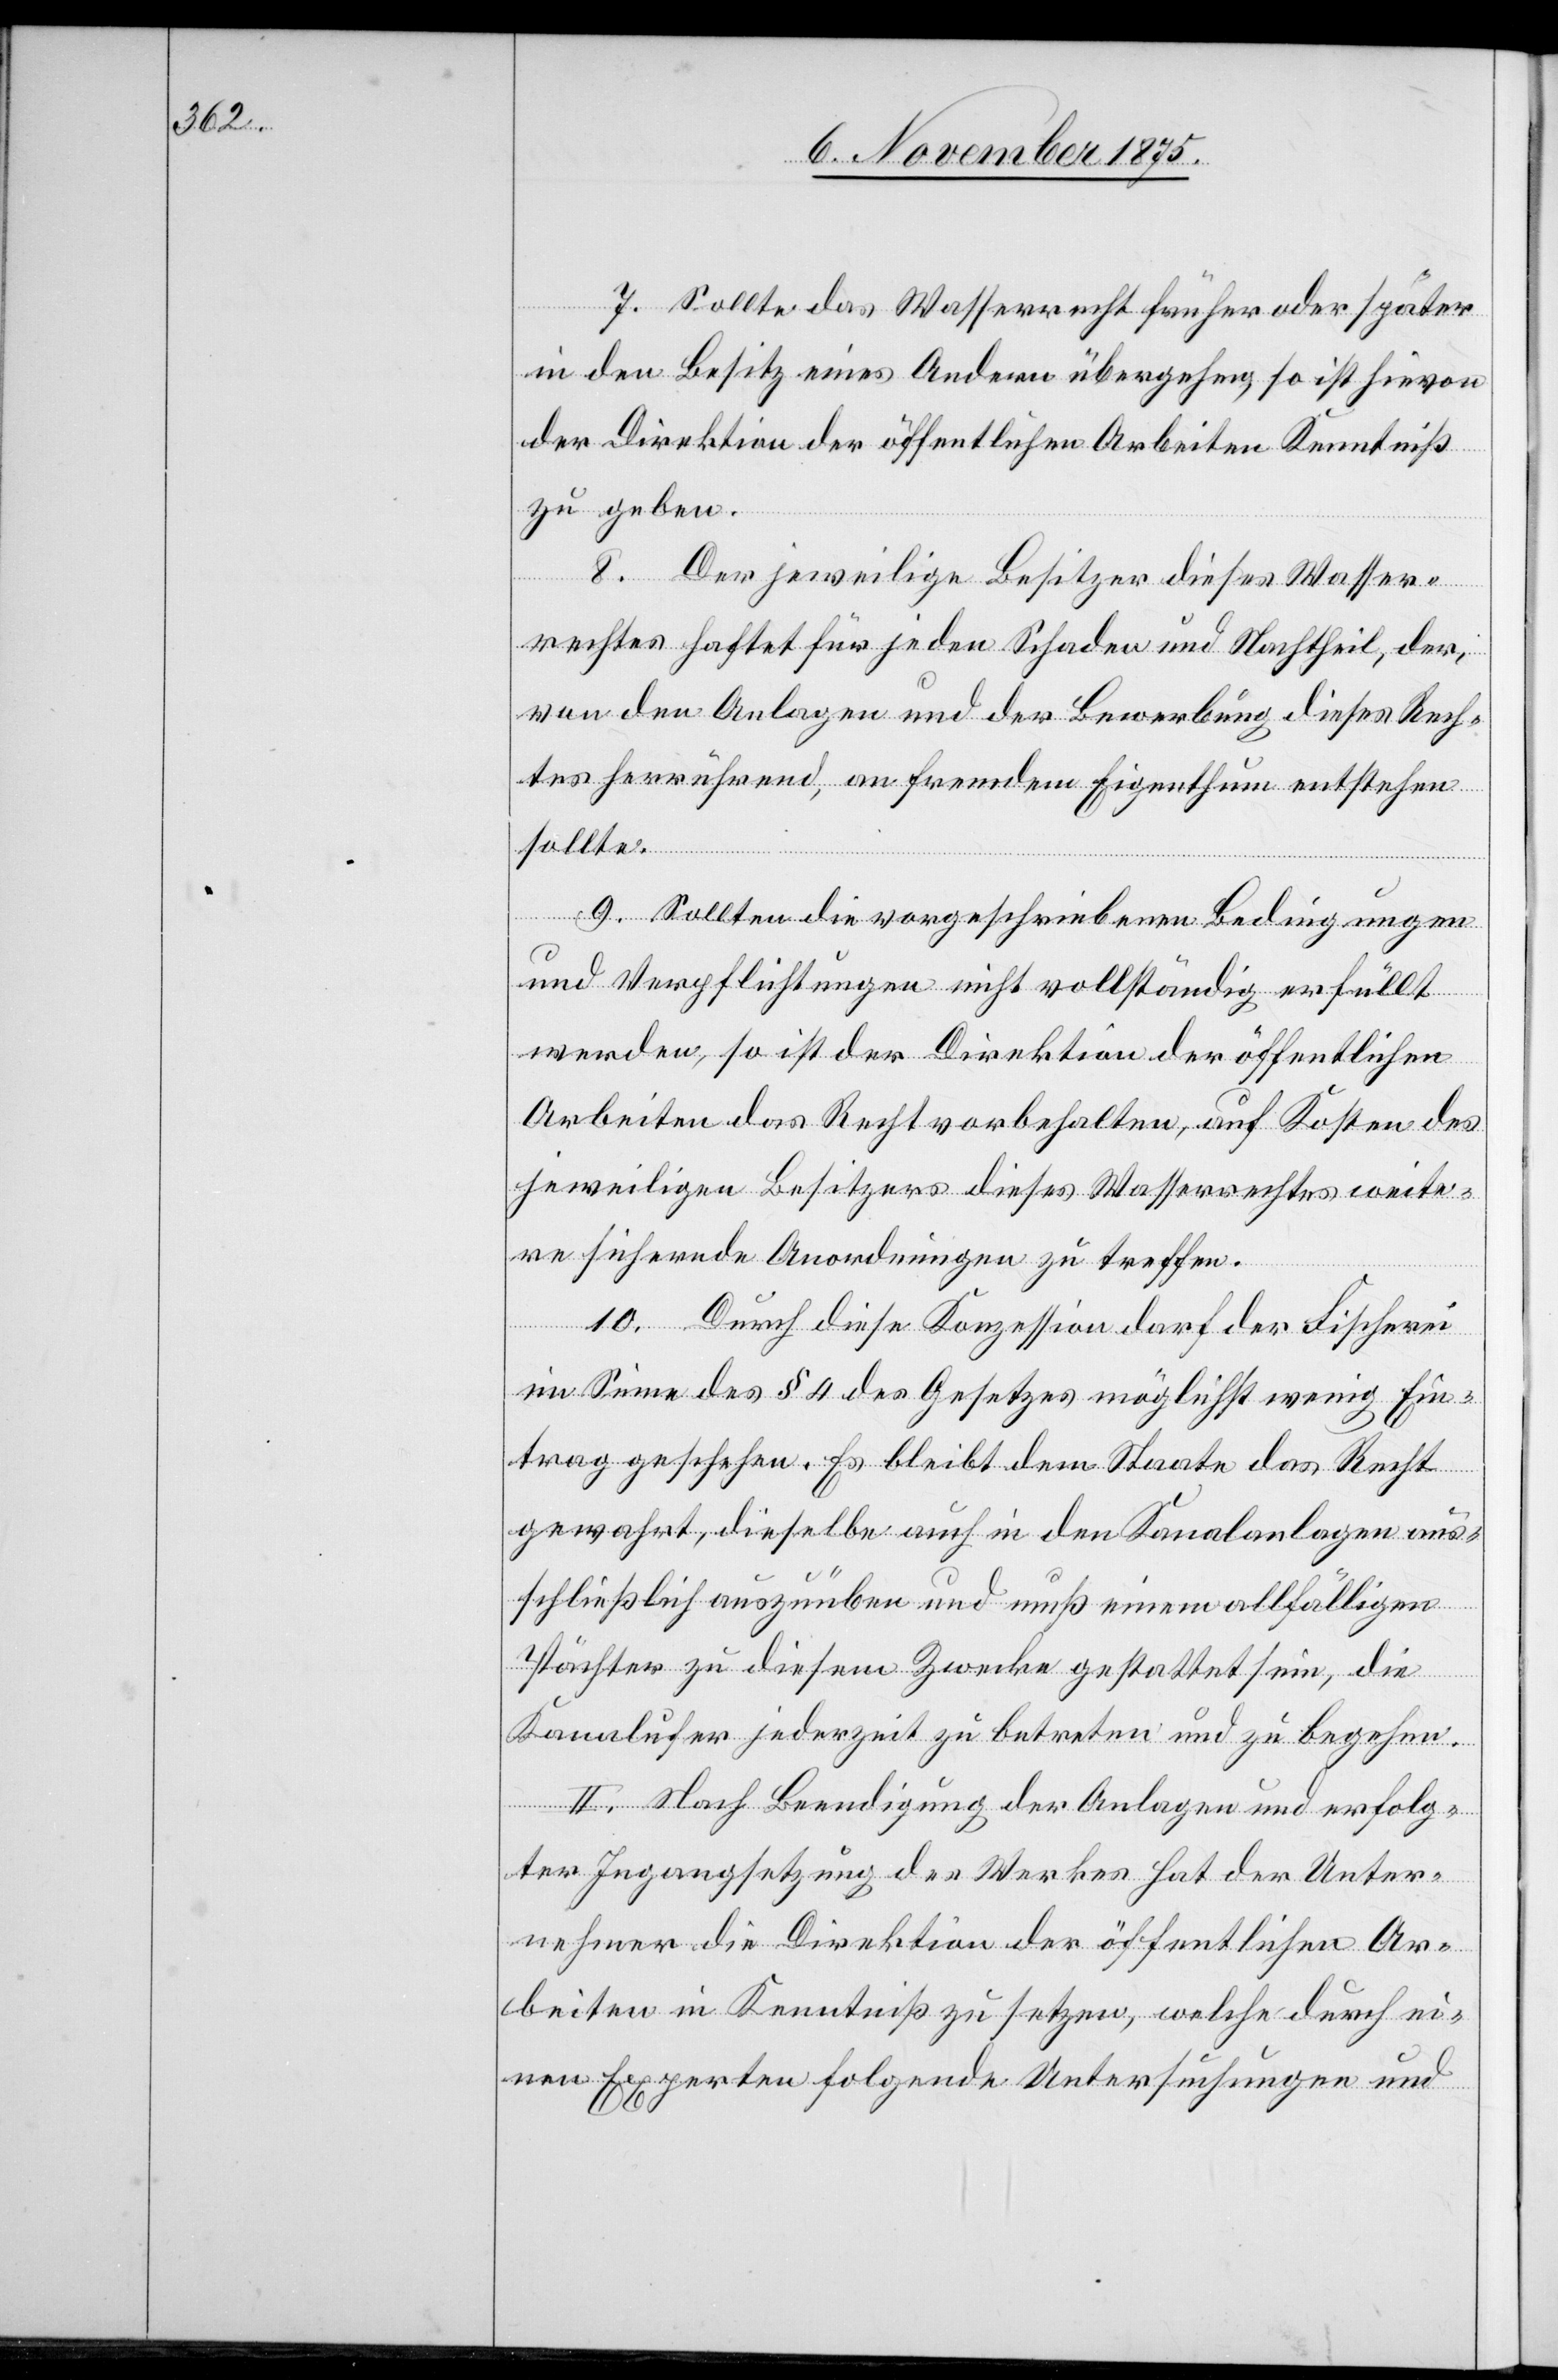
7. Sollte das Wasserrecht früher oder später
in den Besitz eines Andern übergehen, so ist hievon
der Direktion der öffentlichen Arbeiten Kenntniß
zu geben.
8. Der jeweilige Besitzer dieses Wasser¬
rechtes haftet für jeden Schaden und Nachtheil, der,
von den Anlagen und der Bewerbung dieses Rech¬
tes herrührend, an fremdem Eigenthum entstehen
sollte.
9. Sollten die vorgeschriebenen Bedingungen
und Verpflichtungen nicht vollständig erfüllt
werden, so ist der Direktion der öffentlichen
Arbeiten das Recht vorbehalten, auf Kosten des
jeweiligen Besitzers dieses Wasserrechtes weite¬
re sichernde Anordnungen zu treffen.
10. Durch diese Konzession darf der Fischerei
im Sinne des § 4 des Gesetzes möglichst wenig Ein¬
trag geschehen. Es bleibt dem Staate das Recht
gewahrt, dieselbe auch in den Kanalanlagen aus¬
schließlich auszuüben und muß einem allfälligen
Pächter zu diesem Zwecke gestattet sein, die
Kanalufer jederzeit zu betreten und zu begehen.
II. Nach Beendigung der Anlagen und erfolg¬
ter Ingangsetzung des Werkes hat der Unter¬
nehmer die Direktion der öffentlichen Ar¬
beiten in Kenntniß zu setzen, welche durch ei¬
nen Experten folgende Untersuchungen und